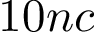
1 0 n c